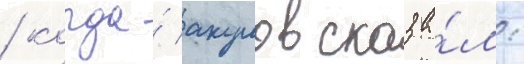
/ когда́ акулов сказа́л: